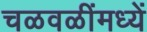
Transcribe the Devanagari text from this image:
चळवळींमध्यें